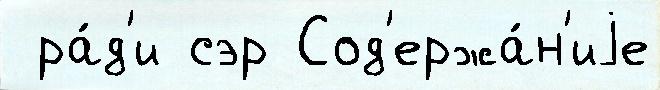
 ра́д'и сэр Сод'ержа́н'иjе